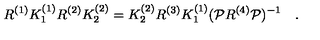
R ^ { ( 1 ) } K _ { 1 } ^ { ( 1 ) } R ^ { ( 2 ) } K _ { 2 } ^ { ( 2 ) } = K _ { 2 } ^ { ( 2 ) } R ^ { ( 3 ) } K _ { 1 } ^ { ( 1 ) } ( { \cal P } R ^ { ( 4 ) } { \cal P } ) ^ { - 1 } \quad .